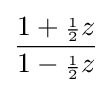
{\frac {1+{\scriptstyle {\frac {1}{2}}}z}{1-{\scriptstyle {\frac {1}{2}}}z}}